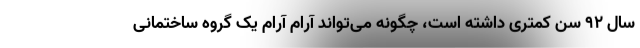
سال ۹۲ سن کمتری داشته است، چگونه می‌تواند آرام آرام یک گروه ساختمانی